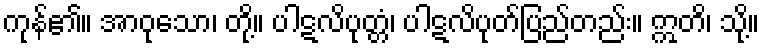
ကုန်၏။ အာဝုသော၊ တို့။ ပါဋလိပုတ္တံ၊ ပါဋလိပုတ်ပြည်တည်း။ ဣတိ၊ သို့။